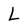
Character: L